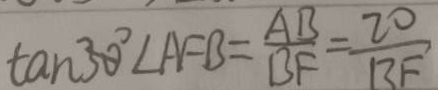
\tan 3 0 ^ { \circ } \angle A F B = \frac { A B } { B F } = \frac { 2 0 } { B F }